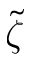
\widetilde { \zeta }